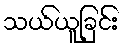
သယ်ယူခြင်း